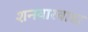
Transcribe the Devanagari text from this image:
शनवारवाडा